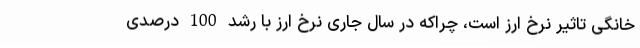
خانگی تاثیر نرخ ارز است، چراکه در سال جاری نرخ ارز با رشد 100 درصدی